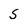
Character: S